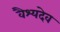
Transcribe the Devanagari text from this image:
वैश्यदेव